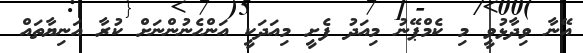
އޭނާ ވިދާޅުވީ މި ކެމްޕޭނު މިއަދު ފެށީ މިއަދަކީ އަންހެނުންނަށް ކުރާ އަނިޔާތައް